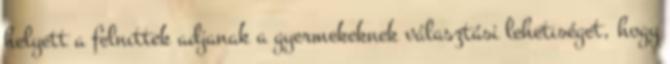
helyett a felnıttek adjanak a gyermekeknek választási lehetıséget, hogy